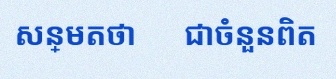
សន្មតថា x ជាចំនួនពិត